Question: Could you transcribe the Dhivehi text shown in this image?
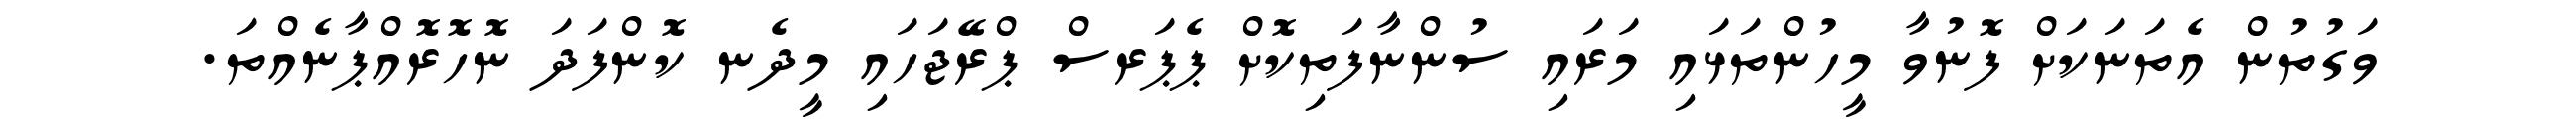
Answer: ވަގުތުން އެތަނަކަށް ފޮނުވާ މީހުންތަޅައި މަރައި ސުންނާފަތިކޮށް ޕެޕަރސް ޕްރޭޖަހައި މީދެނ ކޮންފަދަ ނޮހޮރޮއްޕާނެއްތަ.